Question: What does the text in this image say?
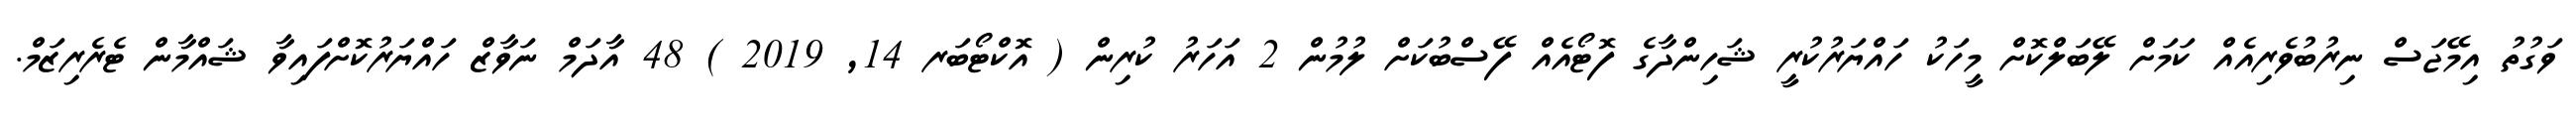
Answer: ވަގުތު އިމޭޖަސް ނިރުބުވެރިއެއް ކަމަށް ލޭބަލްކޮށް މީހަކު ހައްޔަރުކުރީ ޝަހިންދާގެ ފޮޓޯއެއް ފޭސްބުކަށް ލުމުން 2 އަހަރު ކުރިން ( އޮކްޓޯބަރ 14, 2019 ) 48 އާދަމް ނަވާޒް ހައްޔަރުކޮށްފައިވާ ޝައްމާން ޓެރެރިޒަމް.